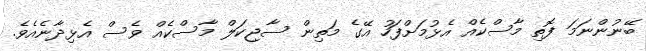
ބޭނުންނަމަ ފޮތި މާސްކެއް އެޅުމަށްފަހު އޭގެ މަތިން ސާޖިކަލް މާސްކެއް ވެސް އެޅިދާނެއެވެ.